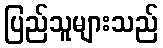
ပြည်သူများသည်